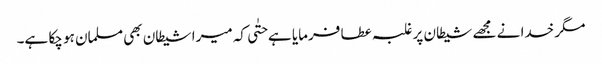
مگر خدا نے مجھے شیطان پر غلبہ عطا فرمایا ہے حتٰی کہ میرا شیطان بھی مسلمان ہو چکا ہے۔